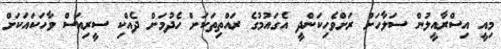
މިއީ އިސްރާއީލުން ސަލާހަށް ރަށްވެހިކަންދީ އެގައުމުގެ ރައްތިތަކަށް ހެދުމަށް ދެއްކި ސީރިއަސް ވާހަކައަކަށް